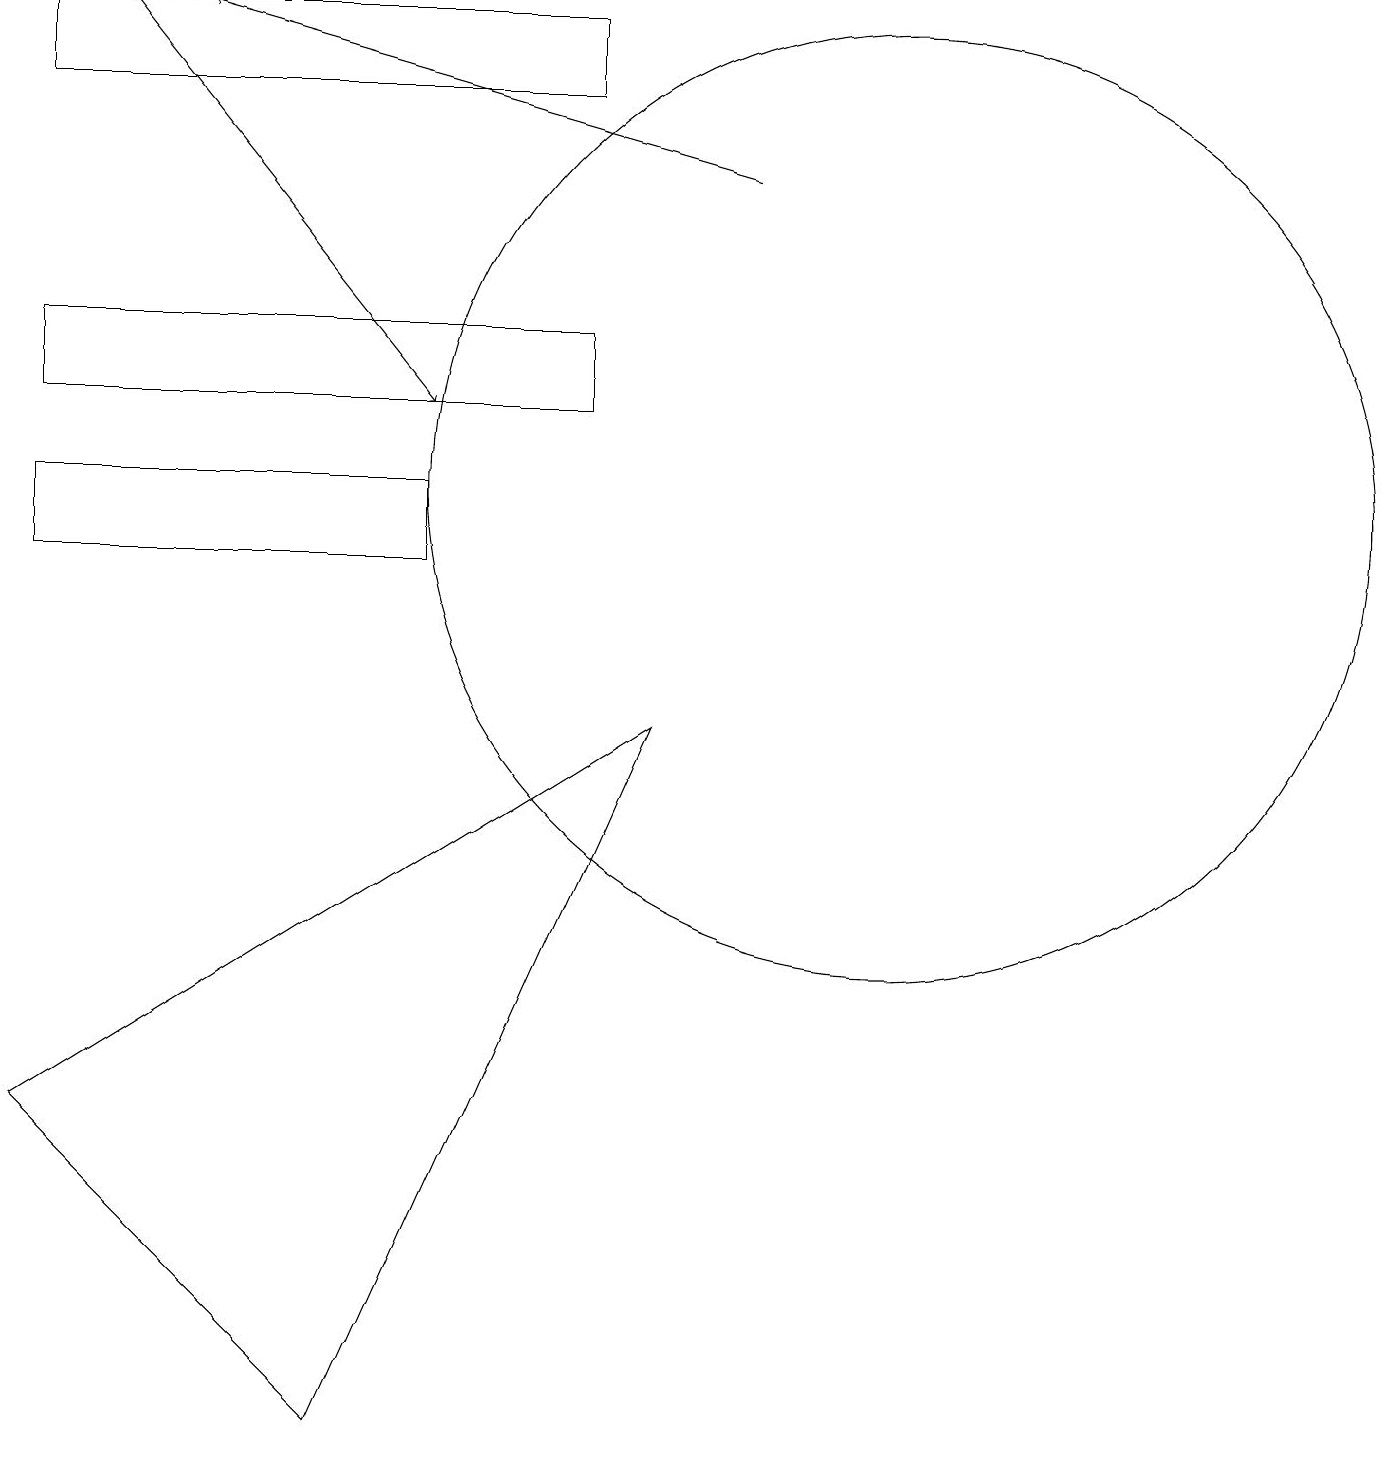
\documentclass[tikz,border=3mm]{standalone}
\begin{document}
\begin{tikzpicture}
\draw (0,13) rectangle (7,14);
\draw[->] (1,18) -- (5,13);
\draw (11,10) circle (0);
\draw (4,0) -- (0,4) -- (8,9) -- cycle;
\draw (0,11) rectangle (5,12);
\draw[->] (9,16) -- (2,18);
\draw (7,17) rectangle (0,18);
\draw (11,12) circle (6);
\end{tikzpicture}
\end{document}